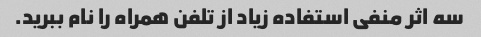
سه اثر منفی استفاده زیاد از تلفن همراه را نام ببرید.